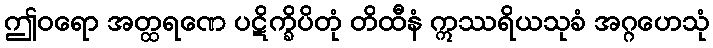
ဤဝရော အတ္ထရဏေ ပဋိက္ခိပိတုံ တိထီနံ ဣဿရိယသုခံ အဂ္ဂဟေသုံ